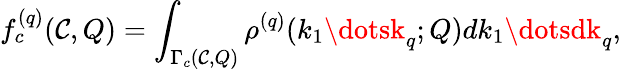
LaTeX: f_{c}^{(q)}(\mathcal{C},Q)=\int_{\Gamma_{c}(\mathcal{C},Q)}\rho^{(q)}(k_{1}\dotsk_{q};Q)dk_{1}\dotsdk_{q},